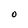
Character: O